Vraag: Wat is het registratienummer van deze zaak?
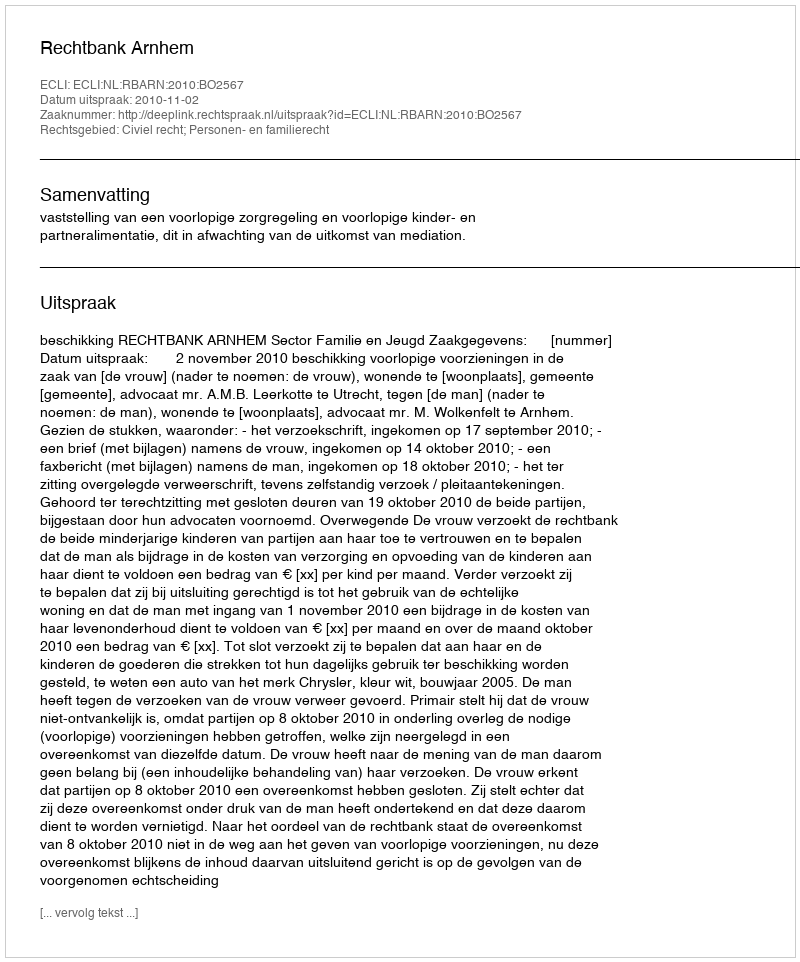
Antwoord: http://deeplink.rechtspraak.nl/uitspraak?id=ECLI:NL:RBARN:2010:BO2567